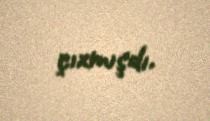
çıxmışdı.